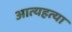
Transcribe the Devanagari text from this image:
आत्यहत्या